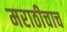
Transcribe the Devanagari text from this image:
मराठीचाच